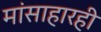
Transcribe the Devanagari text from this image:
मांसाहारही